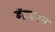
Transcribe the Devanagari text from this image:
डेंड्राइट्स